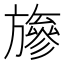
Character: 𱡸